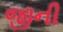
જીની